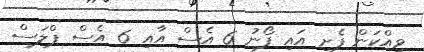
ވިއްކަން ފެށި އައި ފޯނު 6 އެސް އާއި 6 އެސް ޕްލަސް